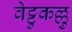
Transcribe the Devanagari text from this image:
वेट्टुकल्लु